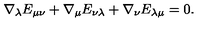
\nabla _ { \lambda } E _ { \mu \nu } + \nabla _ { \mu } E _ { \nu \lambda } + \nabla _ { \nu } E _ { \lambda \mu } = 0 .